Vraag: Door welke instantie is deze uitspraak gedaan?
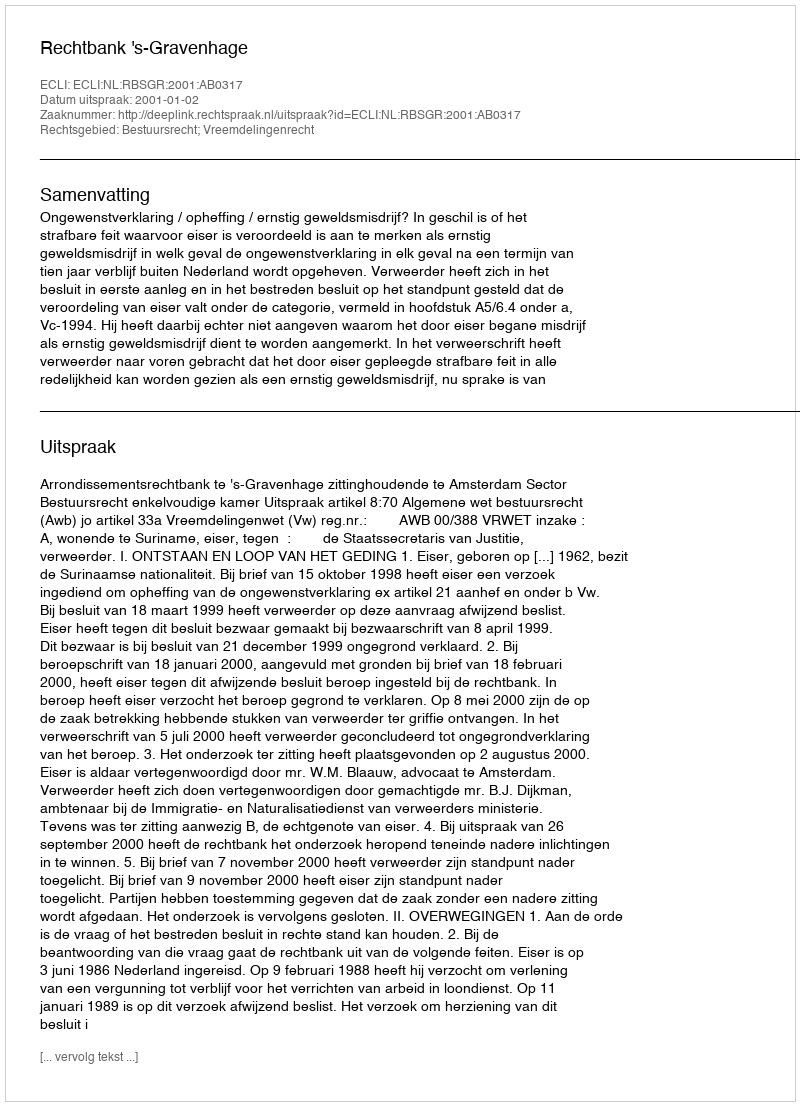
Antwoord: Rechtbank 's-Gravenhage